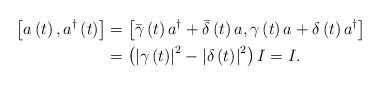
LaTeX: \begin{align*}\left[ a\left( t\right) ,a^{\dag}\left( t\right) \right] & =\left[\bar{\gamma}\left( t\right) a^{\dag}+\bar{\delta}\left( t\right)a,\gamma\left( t\right) a+\delta\left( t\right) a^{\dag}\right]\\& =\left( \left\vert \gamma\left( t\right) \right\vert ^{2}-\left\vert\delta\left( t\right) \right\vert ^{2}\right) I=I. \end{align*}